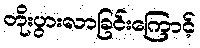
တိုးပွားလာခြင်းကြောင့်